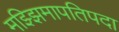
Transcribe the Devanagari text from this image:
मझ्झिमापतिपदा